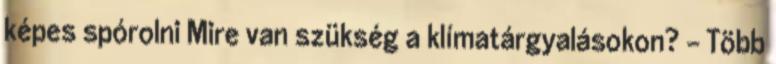
képes spórolni Mire van szükség a klímatárgyalásokon? – Több